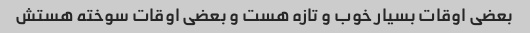
بعضی اوقات بسیار خوب و تازه هست و بعضی اوقات سوخته هستش